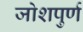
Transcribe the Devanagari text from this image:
जोशपुर्ण